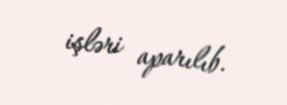
işləri aparılıb.